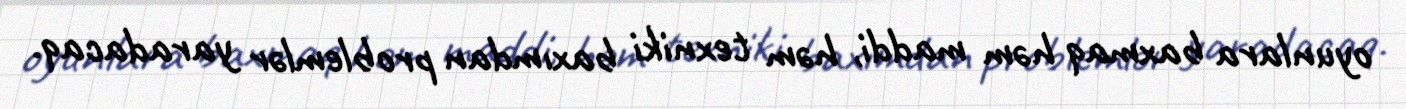
oyunlara baxmaq həm maddi, həm texniki baxımdan problemlər yaradacaq.